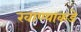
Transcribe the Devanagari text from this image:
खाण्याकडे